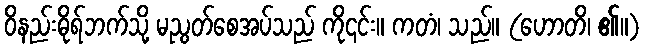
ဝိနည်းဓိုရ်ဘက်သို့ မညွတ်စေအပ်သည် ကို၎င်း။ ကတံ၊ သည်။ (ဟောတိ၊ ၏။)